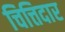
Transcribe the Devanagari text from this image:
चित्तिदार